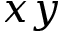
x y